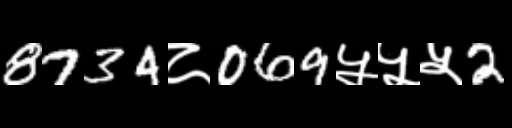
Text: 8734८069५५५2